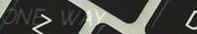
ONE WAY